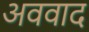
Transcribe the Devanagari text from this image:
अववाद